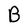
Character: B